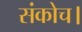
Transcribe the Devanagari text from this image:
संकोच।